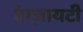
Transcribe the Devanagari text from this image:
एंग्ज़ायटी